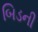
બિડની